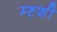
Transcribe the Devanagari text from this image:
म्ह्शी